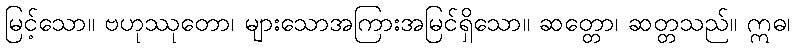
မြင့်သော။ ဗဟုဿုတော၊ များသောအကြားအမြင်ရှိသော။ ဆတ္တော၊ ဆတ္တသည်။ ဣဓ၊